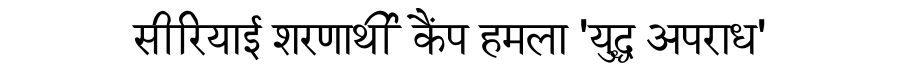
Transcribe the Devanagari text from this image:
सीरियाई शरणार्थी कैंप हमला 'युद्ध अपराध'